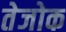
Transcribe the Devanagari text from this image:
तेजोक